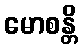
မောစန္တိ